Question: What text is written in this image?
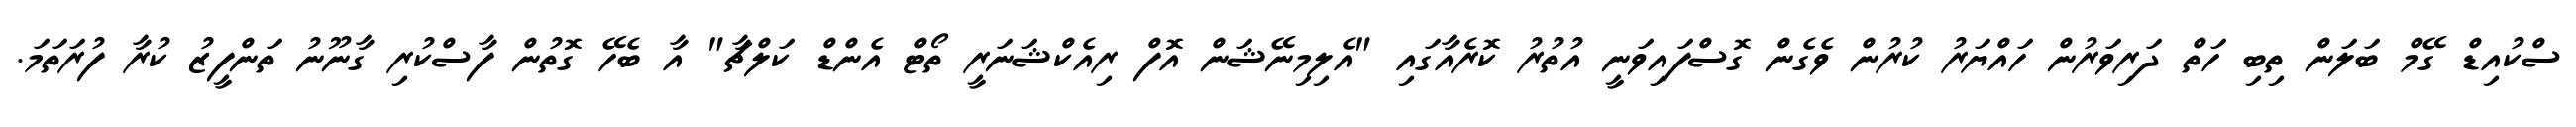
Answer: ސްކުއިޑް ގޭމް ބަލަން ތިބި ހަތް ދަރިވަރުން ހައްޔަރު ކުރުން ވެގެން ގޮސްފައިވަނީ އުތުރު ކޮރެއާގައި "އެލިމިނޭޝަން އޮފް ރިއެކްޝަނަރީ ތޯޓް އެންޑް ކަލްޗާ" އާ ބެހޭ ގޮތުން ފާސްކުރި ގާނޫނު ތަންފީޒު ކުރާ ފުރަތަމަ.